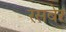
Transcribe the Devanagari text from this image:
रसबेर